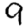
Digit: 9